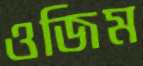
ওজিম